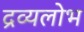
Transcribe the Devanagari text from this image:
द्रव्यलोभ